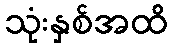
သုံးနှစ်အထိ